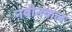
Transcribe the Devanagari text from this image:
नवीनकल